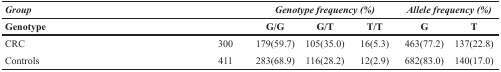
| <COLSPAN=2> Group | <COLSPAN=3> Genotype frequency (%) | <COLSPAN=2> Allele frequency (%) |
 | <COLSPAN=2> Genotype | G/G | G/T | T/T | G | T |
 | --- | --- | --- | --- | --- | --- | --- |
 | CRC | 300 | 179(59.7) | 105(35.0) | 16(5.3) | 463(77.2) | 137(22.8) |
 | Controls | 411 | 283(68.9) | 116(28.2) | 12(2.9) | 682(83.0) | 140(17.0) |